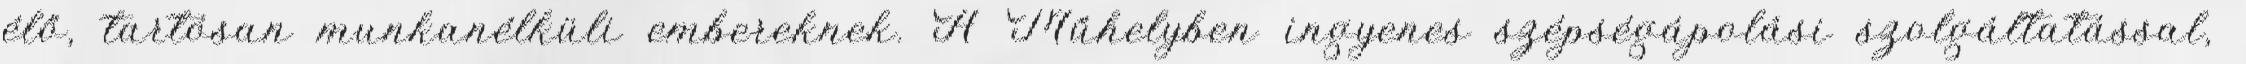
élő, tartósan munkanélküli embereknek. A Műhelyben ingyenes szépségápolási szolgáltatással,